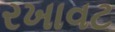
રખાવટ